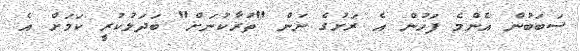
ސަބަބުން އެންމެ ފަހުން އެ ރަށުގެ ނަން "ތުރާކުނަށް" ބަދަލުކުރީ ކަމަށް އެ